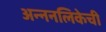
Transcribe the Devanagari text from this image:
अन्ननलिकेची